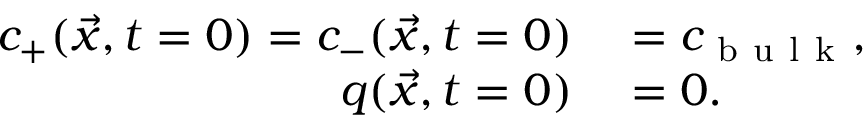
\begin{array} { r l } { c _ { + } ( \vec { x } , t = 0 ) = c _ { - } ( \vec { x } , t = 0 ) } & { { } = c _ { \mathrm { ~ b ~ u ~ l ~ k ~ } } , } \\ { q ( \vec { x } , t = 0 ) } & { { } = 0 . } \end{array}